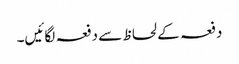
دفعہ کے لحاظ سے دفعہ لگائیں۔